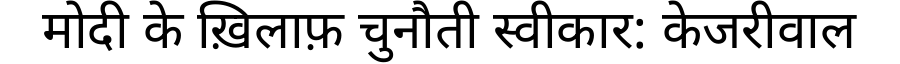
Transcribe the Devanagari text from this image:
मोदी के ख़िलाफ़ चुनौती स्वीकार: केजरीवाल